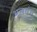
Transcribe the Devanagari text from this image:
भलतंच